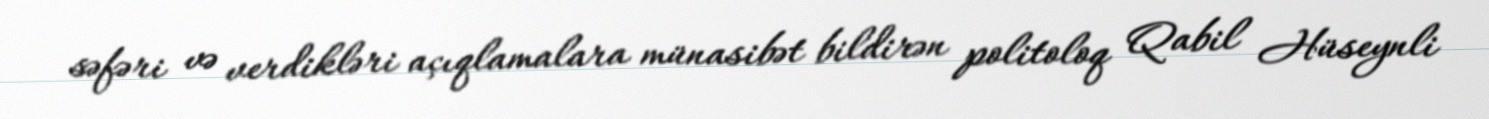
səfəri və verdikləri açıqlamalara münasibət bildirən politoloq Qabil Hüseynli